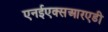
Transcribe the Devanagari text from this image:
एनईएक्सआरएडी